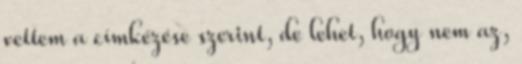
vettem a címkézése szerint, de lehet, hogy nem az,